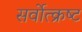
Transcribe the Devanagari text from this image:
सर्वोत्‍क्रष्‍ट